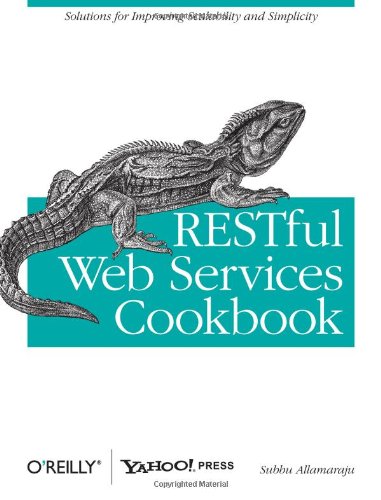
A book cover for RESTful Web Services Cookbook: Solutions for Improving Scalability and Simplicity; Subbu Allamaraju; Computers & Technology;